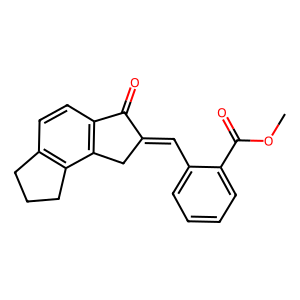
SMILES: COC(=O)c1ccccc1C=C1Cc2c(ccc3c2CCC3)C1=O
Inhibits HIV replication: No